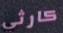
كارثي